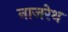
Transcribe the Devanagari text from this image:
नाजरेथ